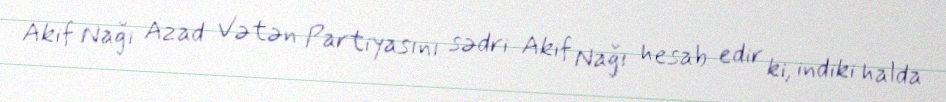
Akif Nağı Azad Vətən Partiyasını sədri Akif Nağı hesab edir ki, indiki halda